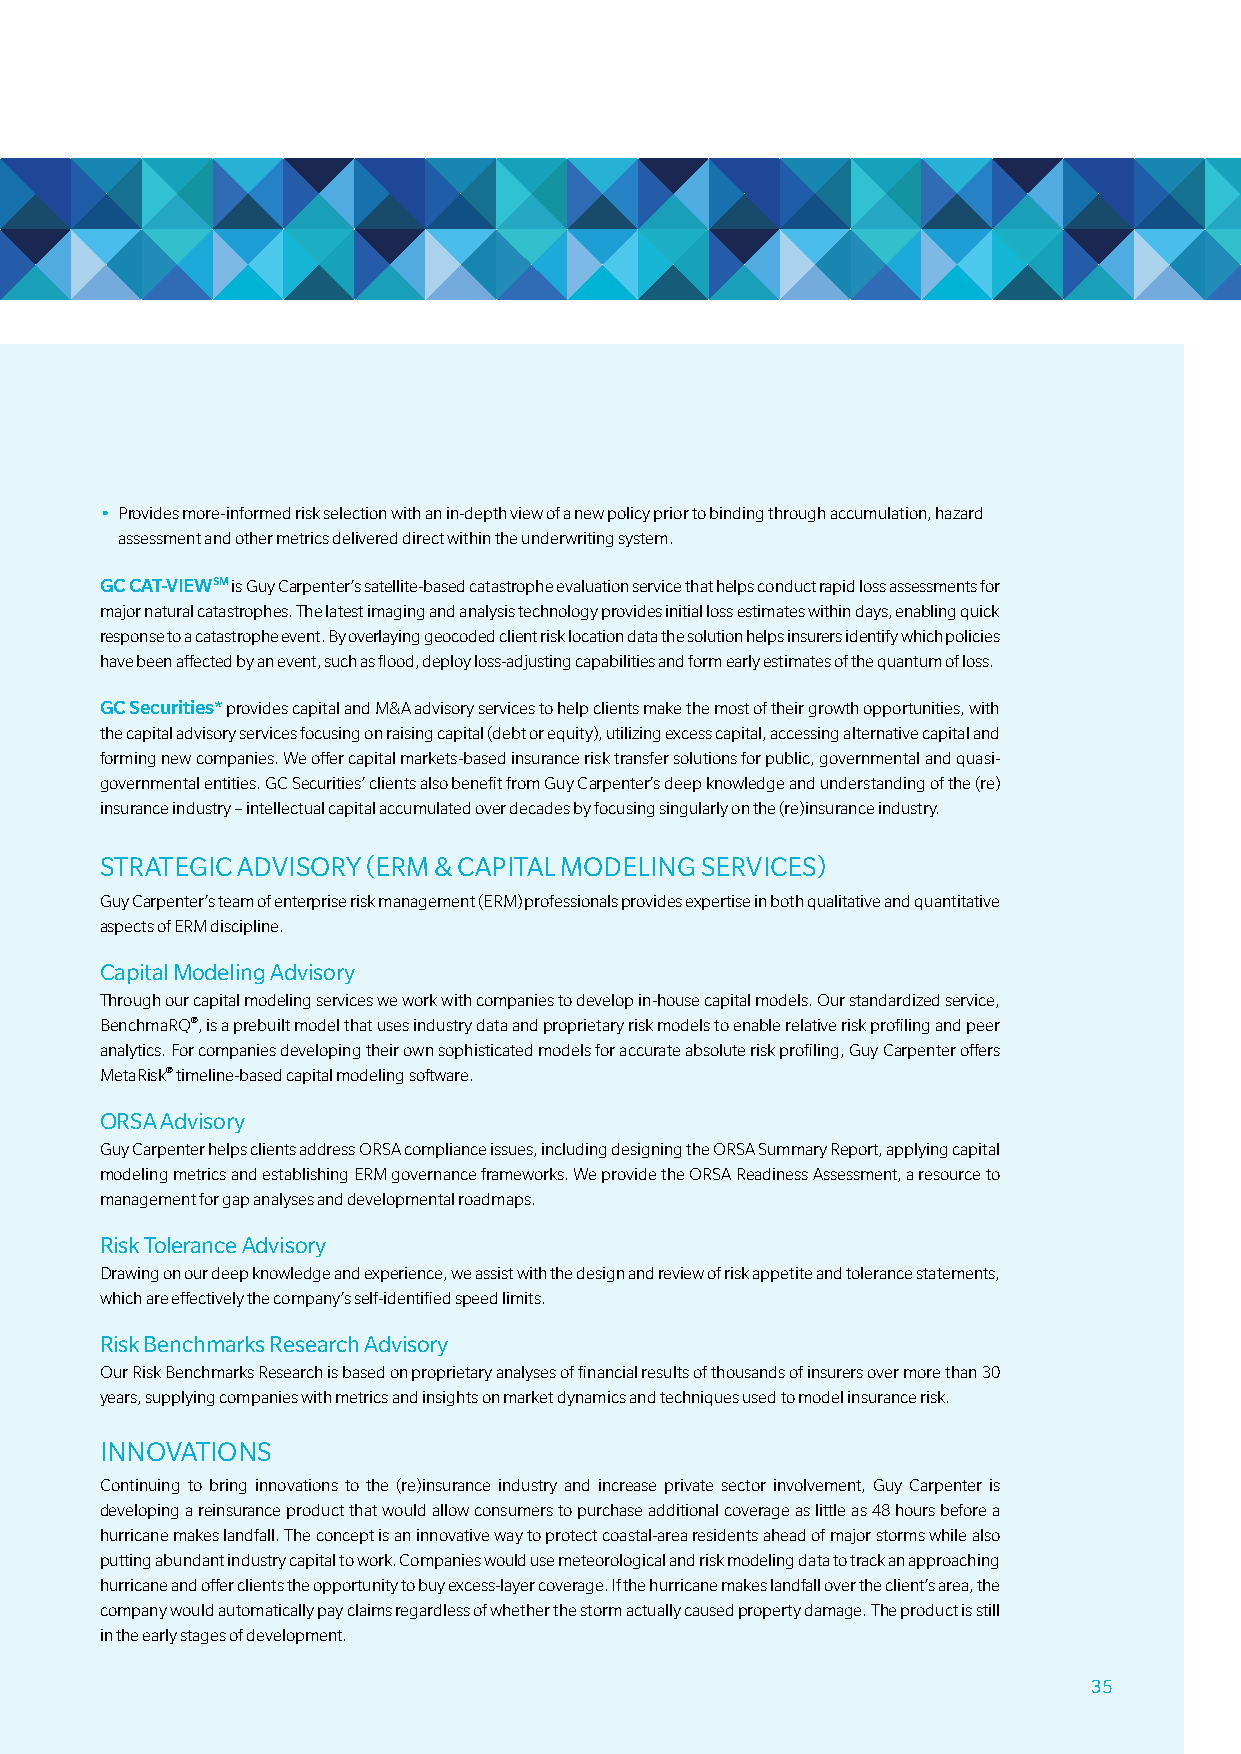
• Provides more-informed risk selection with an in-depth view of a new policy prior to binding through accumulation, hazard
 assessment and other metrics delivered direct within the underwriting system.
 GC CAT-VIEWSM is guy carpenter’s satellite-based catastrophe evaluation service that helps conduct rapid loss assessments for
 major natural catastrophes. the latest imaging and analysis technology provides initial loss estimates within days, enabling quick
 response to a catastrophe event. by overlaying geocoded client risk location data the solution helps insurers identify which policies
 have been affected by an event, such as flood, deploy loss-adjusting capabilities and form early estimates of the quantum of loss.
 GC Securities* provides capital and m&a advisory services to help clients make the most of their growth opportunities, with
 the capital advisory services focusing on raising capital (debt or equity), utilizing excess capital, accessing alternative capital and
 forming new companies. We offer capital markets-based insurance risk transfer solutions for public, governmental and quasi-
 governmental entities. gc securities’ clients also benefit from guy carpenter’s deep knowledge and understanding of the (re)
 insurance industry – intellectual capital accumulated over decades by focusing singularly on the (re)insurance industry.
 STRaTEGIC aDVISORy (ERm & CaPITaL mODELING SERVICES)
 guy carpenter’s team of enterprise risk management (erm) professionals provides expertise in both qualitative and quantitative
 aspects of erm discipline.
 Capital modeling advisory
 through our capital modeling services we work with companies to develop in-house capital models. our standardized service,
 benchmarq®, is a prebuilt model that uses industry data and proprietary risk models to enable relative risk profiling and peer
 analytics. For companies developing their own sophisticated models for accurate absolute risk profiling, guy carpenter offers
 metarisk® timeline-based capital modeling software.
 ORSa advisory
 guy carpenter helps clients address orsa compliance issues, including designing the orsa summary report, applying capital
 modeling metrics and establishing erm governance frameworks. We provide the orsa readiness assessment, a resource to
 management for gap analyses and developmental roadmaps.
 Risk Tolerance advisory
 drawing on our deep knowledge and experience, we assist with the design and review of risk appetite and tolerance statements,
 which are effectively the company’s self-identified speed limits.
 Risk Benchmarks Research advisory
 our risk benchmarks research is based on proprietary analyses of financial results of thousands of insurers over more than 30
 years, supplying companies with metrics and insights on market dynamics and techniques used to model insurance risk.
 INNOVaTIONS
 continuing to bring innovations to the (re)insurance industry and increase private sector involvement, guy carpenter is
 developing a reinsurance product that would allow consumers to purchase additional coverage as little as 48 hours before a
 hurricane makes landfall. the concept is an innovative way to protect coastal-area residents ahead of major storms while also
 putting abundant industry capital to work. companies would use meteorological and risk modeling data to track an approaching
 hurricane and offer clients the opportunity to buy excess-layer coverage. if the hurricane makes landfall over the client’s area, the
 company would automatically pay claims regardless of whether the storm actually caused property damage. the product is still
 in the early stages of development.
 35